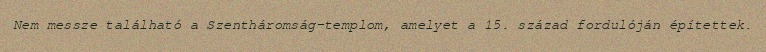
Nem messze található a Szentháromság-templom, amelyet a 15. század fordulóján építettek.